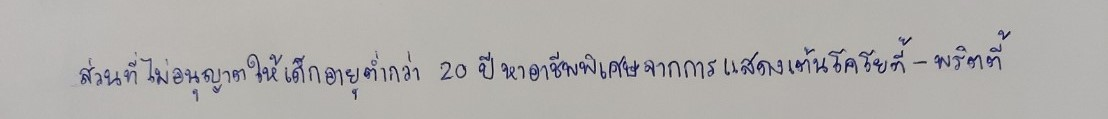
ส่วนที่ไม่อนุญาตให้เด็กอายุต่ำกว่า20ปีหาอาชีพพิเศษจากการแสดงเต้นโคโยตี้-พริตตี้